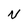
Character: N